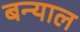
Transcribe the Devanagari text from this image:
बन्‍याल